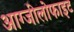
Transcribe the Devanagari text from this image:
आग्जीलोफाइट